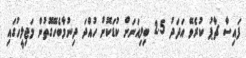
ފައިސާ ޗާޕު ކުރެވޭ އަދަދު 2.5 ބިލިއަނަށް ކުޑަކޮށް ހުއްދަ ދިނުމާބެހޭގޮތުން މަޖިލީހުގައި